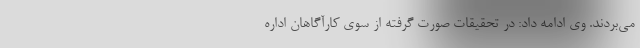
می‌بردند. وی ادامه داد: در تحقیقات صورت گرفته از سوی کارآگاهان اداره